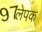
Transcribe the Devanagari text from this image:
लेपक